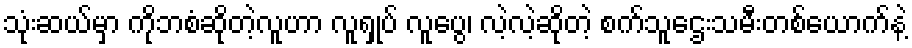
သုံးဆယ်မှာ ကိုဘစံဆိုတဲ့လူဟာ လူရှုပ် လူပွေ၊ လဲ့လဲ့ဆိုတဲ့ စက်သူဌေးသမီးတစ်ယောက်နဲ့